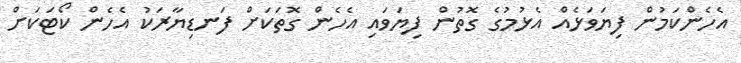
އެހެންކަމުން ފިޔަވަޅެއް އެޅުމުގެ ގޮތުން ފިޔަވައި އެހެން ގޮތަކަށް ފަނޑިޔާރަކު އެހެން ކޯޓަކަށް